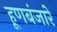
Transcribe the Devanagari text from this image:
हूणबंजारे